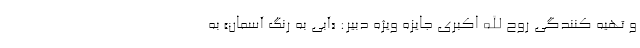
و تهیه کنندگی روح الله اکبری جایزه ویژه دبیر: «آبی به رنگ آسمان» به